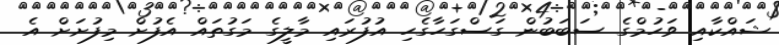
ޝައްކާއި ވަހުމްގެ ސަބަބުން ގަސްގަހާގެހި އުފުރައި މާލީގެ މަގުތައް އެފުށް މިފުށަށް އެ